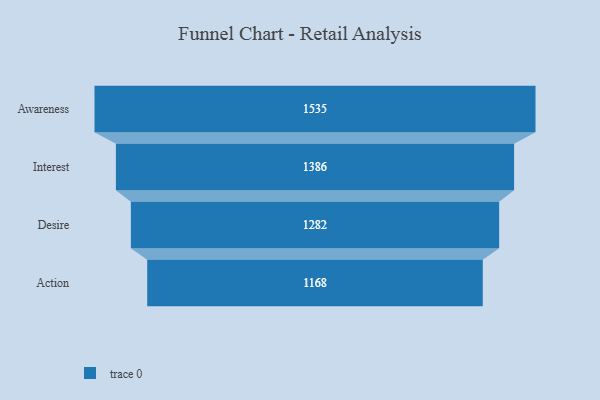
{"axis": {"x": "Stage", "y": "Value"}, "legend": [""], "data": [{"x": "Awareness", "y": 1535.0, "type": ""}, {"x": "Interest", "y": 1386.0, "type": ""}, {"x": "Desire", "y": 1282.0, "type": ""}, {"x": "Action", "y": 1168.0, "type": ""}]}